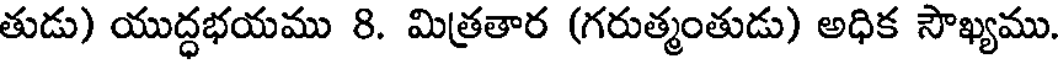
తుడు) యుద్ధభయము 8. మిత్రతార (గరుత్మంతుడు) అధిక సౌఖ్యము.